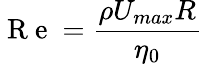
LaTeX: \mathrm{~R~e~}=\frac{\rho U_{max}R}{\eta_{0}}